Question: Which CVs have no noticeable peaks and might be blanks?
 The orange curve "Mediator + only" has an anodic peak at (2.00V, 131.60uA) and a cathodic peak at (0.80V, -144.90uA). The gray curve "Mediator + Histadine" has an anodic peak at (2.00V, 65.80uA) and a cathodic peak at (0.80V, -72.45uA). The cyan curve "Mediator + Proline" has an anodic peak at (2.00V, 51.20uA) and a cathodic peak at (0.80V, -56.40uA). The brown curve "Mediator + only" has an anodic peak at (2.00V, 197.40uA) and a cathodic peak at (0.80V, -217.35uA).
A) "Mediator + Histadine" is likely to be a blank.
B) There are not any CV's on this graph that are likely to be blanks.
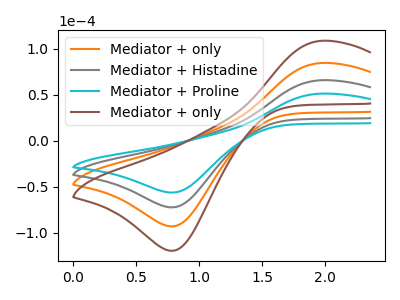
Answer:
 <answer>B) There are not any CV's on this graph that are likely to be blanks.</answer>
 <eval>B</eval>